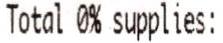
TOTAL 0% SUPPLIES: